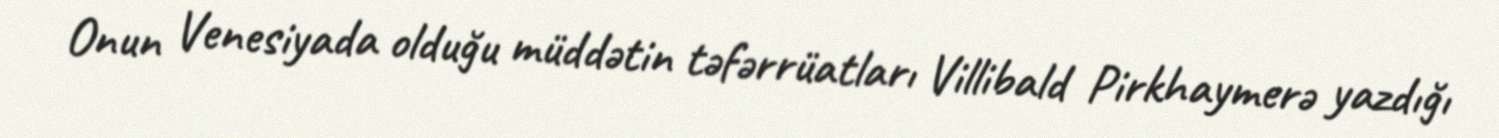
Onun Venesiyada olduğu müddətin təfərrüatları Villibald Pirkhaymerə yazdığı